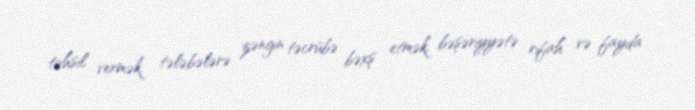
təhsil vermək, tələbələrə zəngin təcrübə bəxş etmək, bəşəriyyətə rifah və fayda